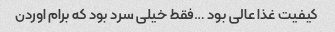
کیفیت غذا عالی بود …فقط خیلی سرد بود که برام اوردن